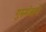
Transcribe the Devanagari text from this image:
गुरुमंत्राने